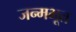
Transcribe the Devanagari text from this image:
जन्मभूत